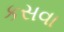
કસવા